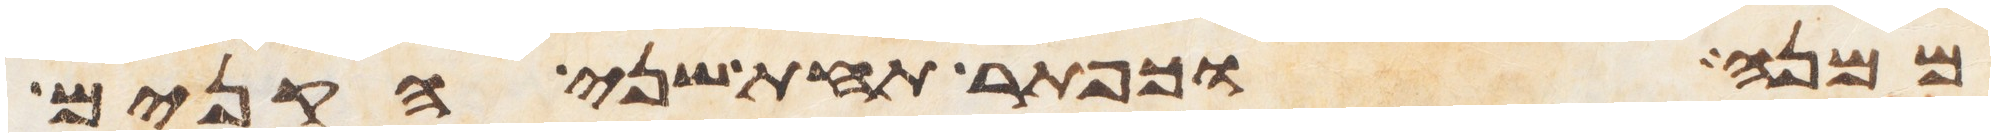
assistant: ממנה וכפתר תחת שני הקנים